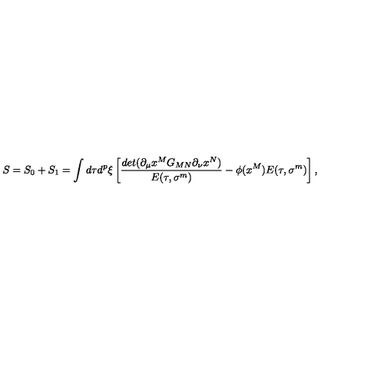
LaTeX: S = S _ { 0 } + S _ { 1 } = \int d \tau d ^ { p } \xi \left[ { \frac { d e t ( \partial _ { \mu } x ^ { M } G _ { M N } \partial _ { \nu } x ^ { N } ) } { E ( \tau , \sigma ^ { m } ) } } - { \phi ( x ^ { M } ) } E ( \tau , \sigma ^ { m } ) \right] ,